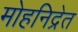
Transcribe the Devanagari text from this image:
मोहनिद्रेत